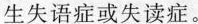
生失语症或失读症